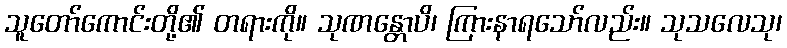
သူတော်ကောင်းတို့၏ တရားကို။ သုဏန္တောပိ၊ ကြားနာရသော်လည်း။ သုသလေသု၊